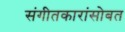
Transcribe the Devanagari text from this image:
संगीतकारांसोबत